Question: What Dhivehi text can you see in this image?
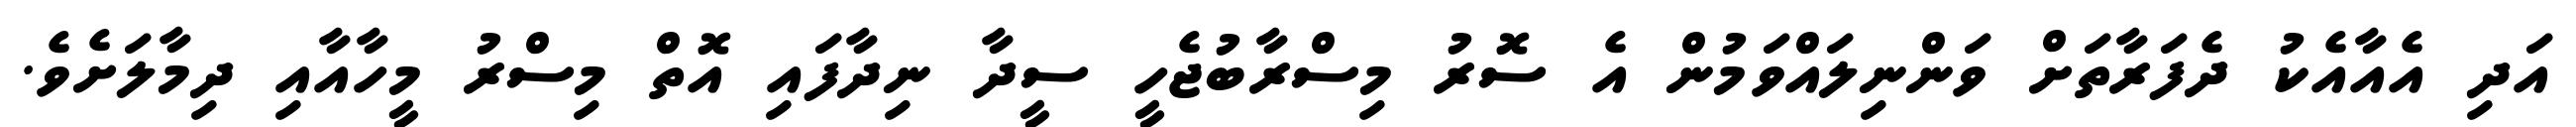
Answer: އަދި އެއާއެކު ދެފަރާތަށް ވަންނިލައްވަމުން އެ ސޮރު މިސްރާބުޖެހީ ސީދާ ނިދާފައި އޮތް މިސްރު މީހާއާއި ދިމާލަށެވެ.